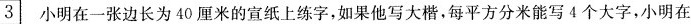
3 小明在一张边长为40厘米的宣纸上练字，如果他写大楷，每平方分米能写4个大字，小明在